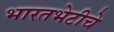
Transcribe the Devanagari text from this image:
भारतभेटीचे